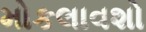
મોકલાવશો